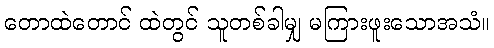
တောထဲတောင် ထဲတွင် သူတစ်ခါမျှ မကြားဖူးသောအသံ။